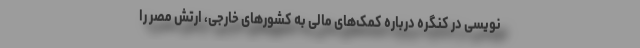
‌نویسی در کنگره درباره کمک‌های مالی به کشورهای خارجی، ارتش مصر را